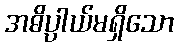
အဓိပ္ပါယ်မရှိသော